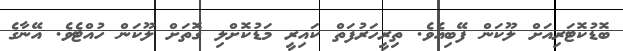
ބޮޑުކޮޓަރިއަށް ލޫކަން ފޭބިއެވެ. ތިރީހަރުފަތް ކައިރީ މަޑުކޮށްލި ގޮތަށް ލޫކަން ހުއްޓެވެ. އޭނާގެ